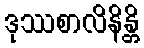
ဒုဿစာလိနိန္တိ